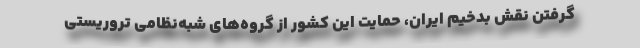
گرفتن نقش بدخیم ایران، حمایت این کشور از گروه‌های شبه‌نظامی تروریستی